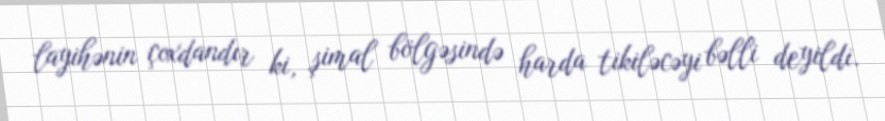
layihənin çoxdandır ki, şimal bölgəsində harda tikiləcəyi bəlli deyildi.